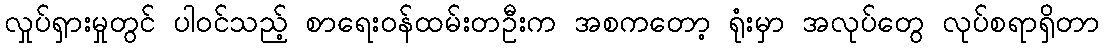
လှုပ်ရှားမှုတွင် ပါဝင်သည့် စာရေးဝန်ထမ်းတဦးက အစကတော့ ရုံးမှာ အလုပ်တွေ လုပ်စရာရှိတာ